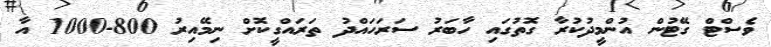
ވެސްޓް ގޭޓުން އުންމީދުކުރާ ގޮތުގައި ހާބަރު ސަރަހައްދު ތަރައްގީކޮށް ނިމޭއިރު 800-1000 އާ